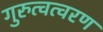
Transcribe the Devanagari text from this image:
गुरुत्वत्वरण